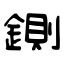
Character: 鍘